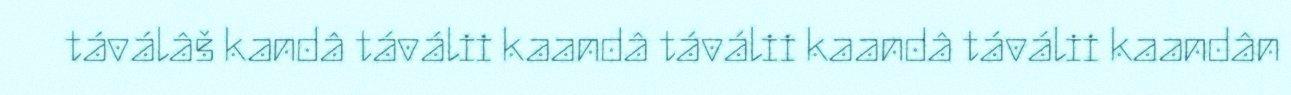
táválâš kandâ táválii kaandâ táválii kaandâ táválii kaandân